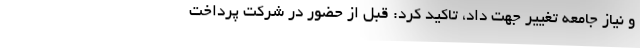
و نیاز جامعه تغییر جهت داد، تاکید کرد: قبل از حضور در شرکت پرداخت